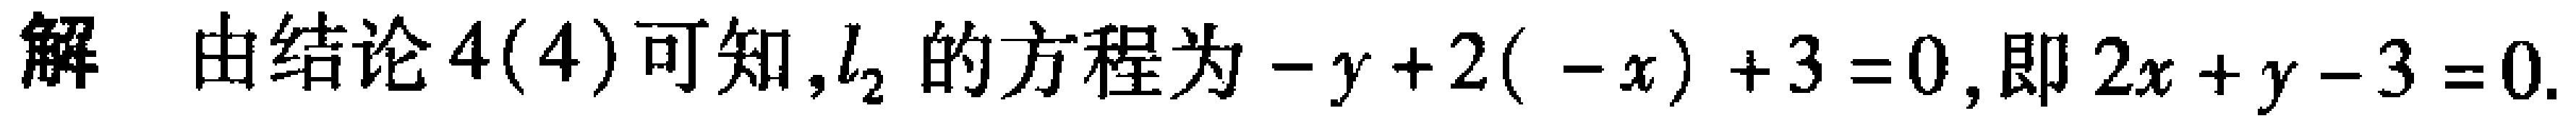
解 由结论4(4)可知,$l_{2}$的方程为$-y + 2(-x)+3 = 0$,即$2x + y - 3 = 0$.